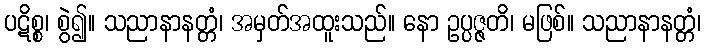
ပဋိစ္စ၊ စွဲ၍။ သညာနာနတ္တံ၊ အမှတ်အထူးသည်။ နော ဥပ္ပဇ္ဇတိ၊ မဖြစ်။ သညာနာနတ္တံ၊